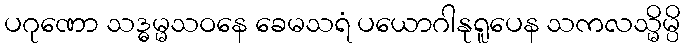
ပဂုဏော သဒ္ဓမ္မသဝနေ ခေမသရံ ပယောဂါနုရူပေန သကလသ္မိမ္ပိ